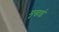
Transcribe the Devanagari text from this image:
मुखाई